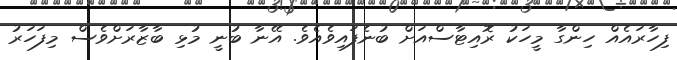
ފިހާރައެއް ހިންގާ މީހަކު ރޮއިޓާސްއަށް ބުނެފައިވެއެވެ. އޭނާ ބުނީ މުޅި ބާޒާރަށްވެސް މިފަހަރު